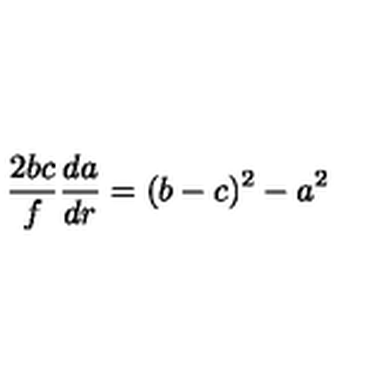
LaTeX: \frac { 2 b c } { f } \frac { d a } { d r } = ( b - c ) ^ { 2 } - a ^ { 2 }